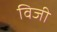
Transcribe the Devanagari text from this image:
विजी